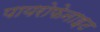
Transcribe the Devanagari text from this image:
पायरोफेनाइट